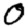
Digit: 0